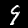
Digit: 9